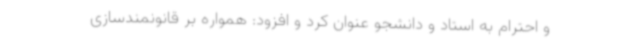
و احترام به استاد و دانشجو عنوان کرد و افزود: همواره بر قانونمندسازی